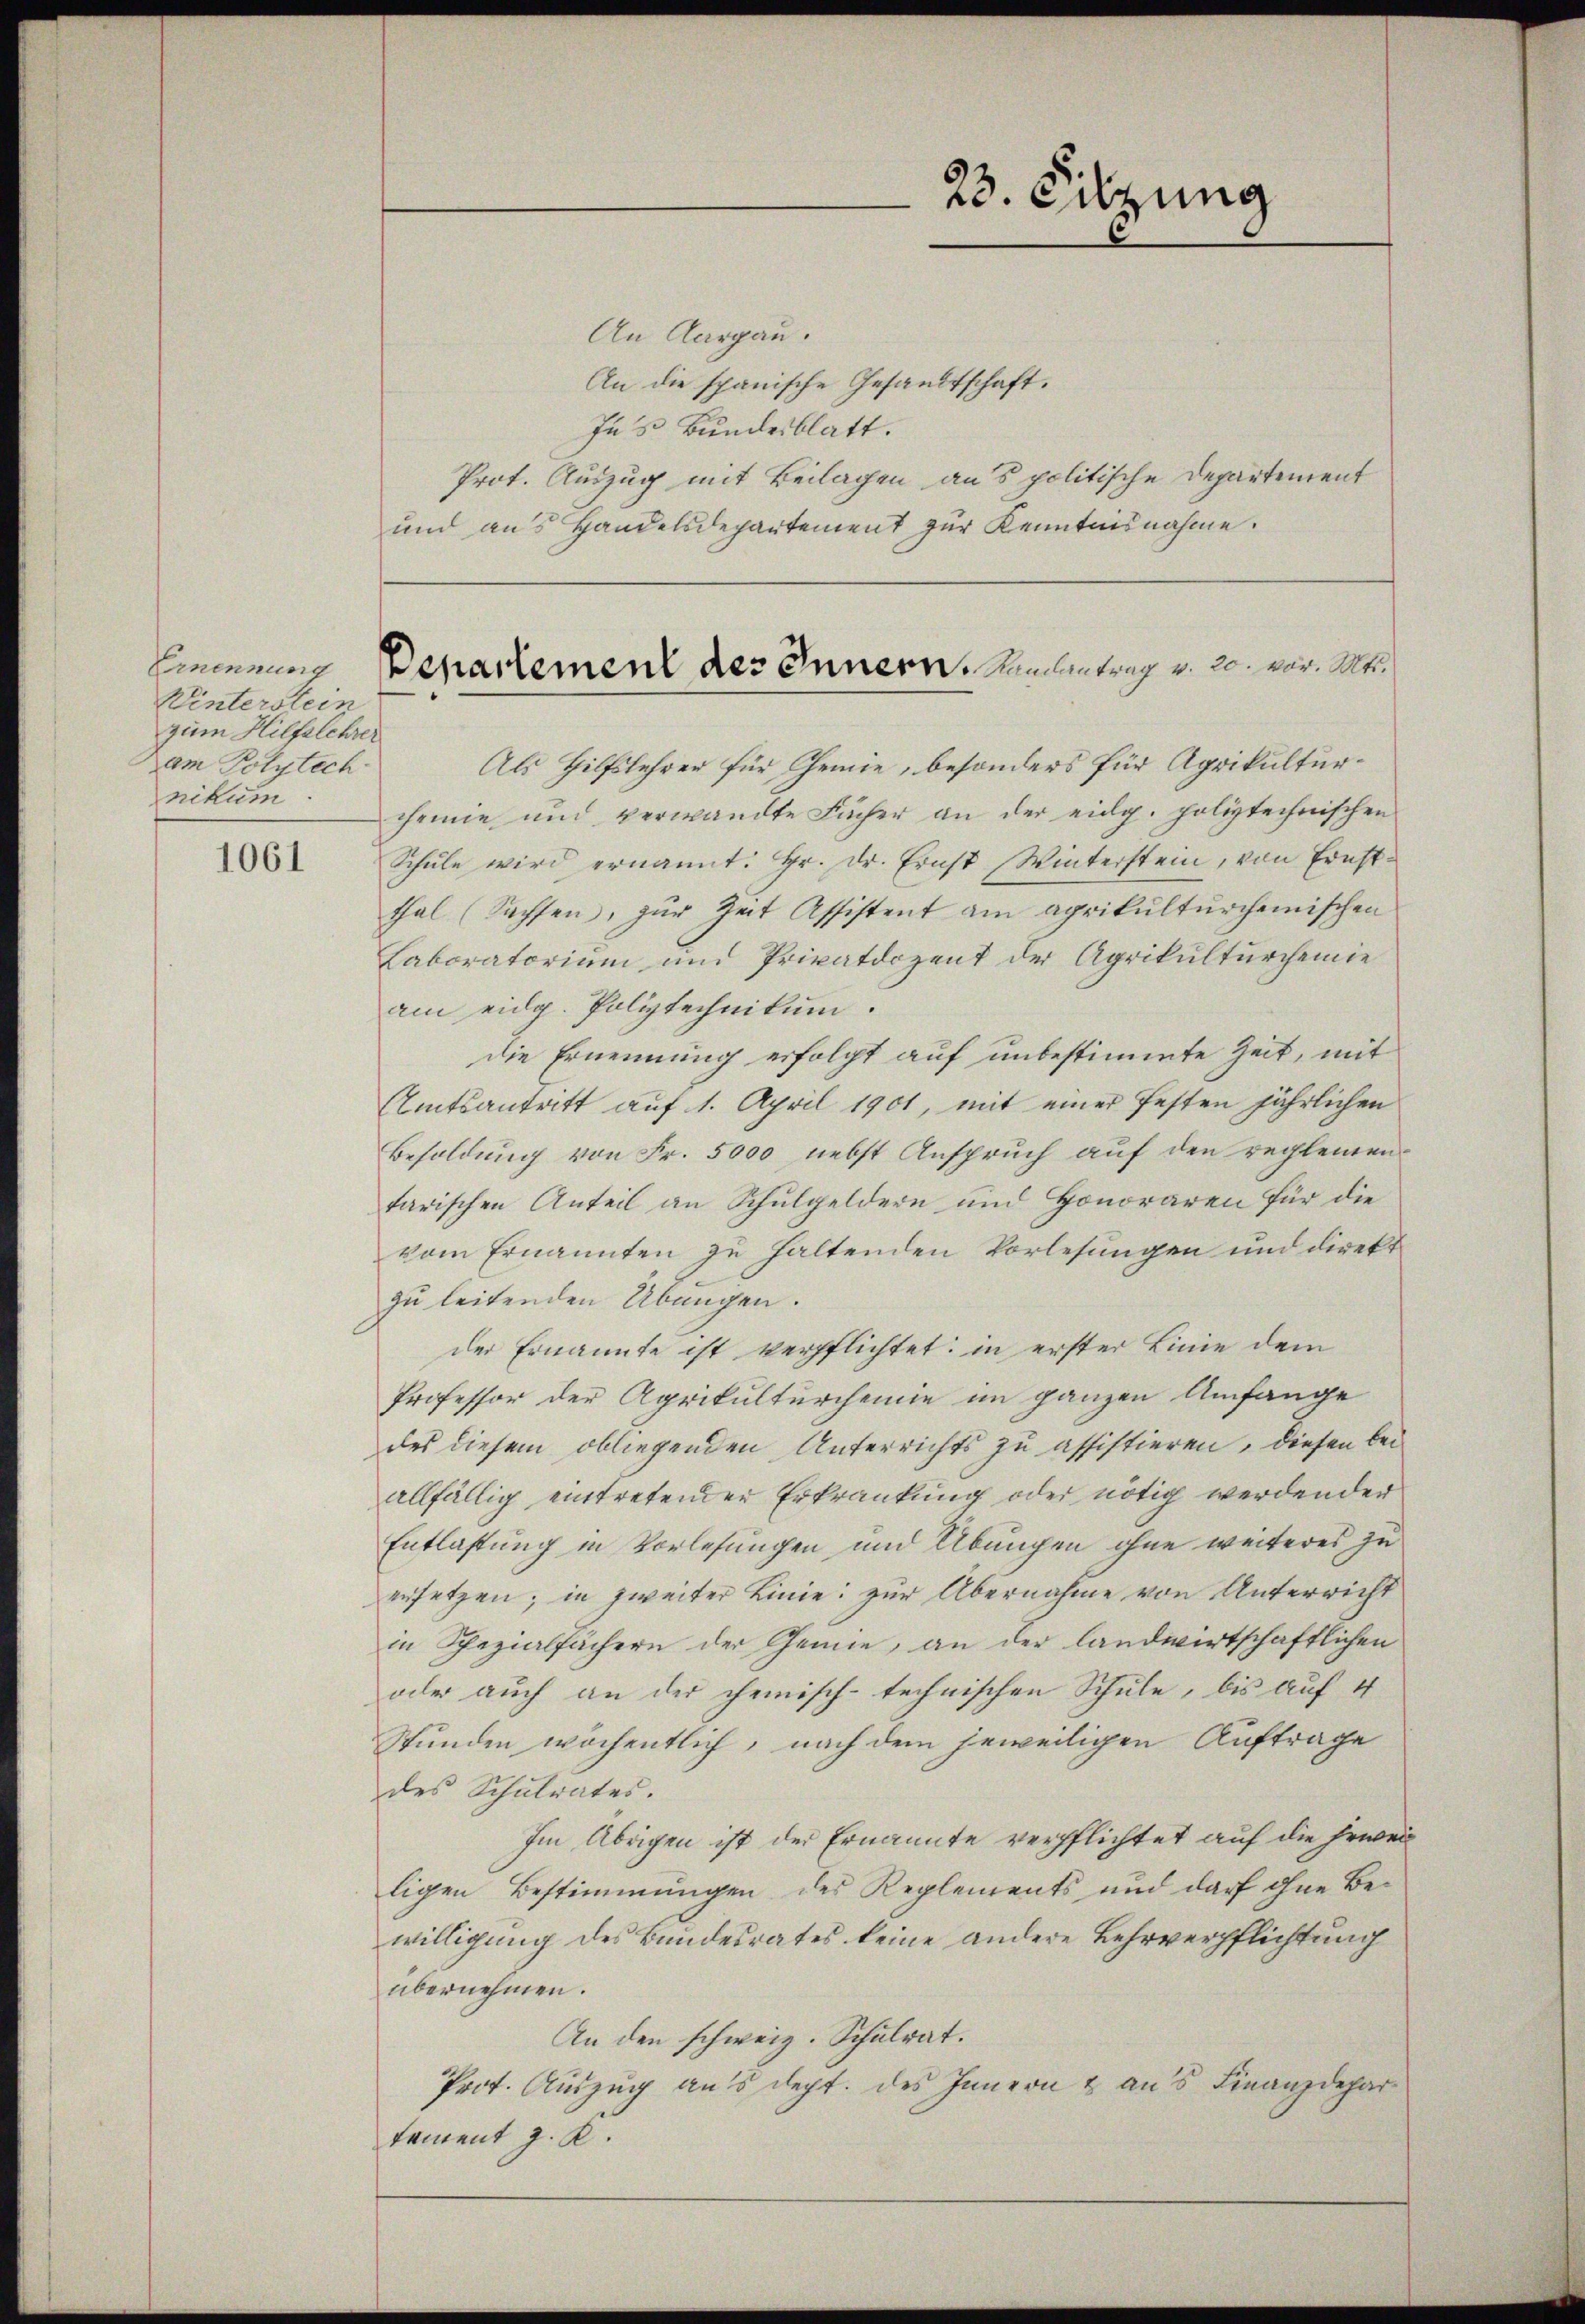
Ernennung
Winterstein
zum Hilfelehrer
am Polytech
nikum

1061

Als Hilfslehrer für Chemie, besonders für Agrikulturchemie und verwandte Fächer an der eidg. poliztechnischen
Schŭle wird ernannt. Hr. Dr. Ernst Winterstein, von Ernstthal (Sachsen, zŭr Zeit Assistent am agrikŭltürchemischen
Laboratorium und Privatdozent der Agrikulturchenie
am eidg. Poliztechnikum.
die Ernennung erfolgt auf unbestimmte Zeit, mit
Amtsantritt auf 1. April 1901, mit einer festen jährlichen
Besoldung von Fr. 5000 nebst Anspruch auf den reglementarischen Anteil an Schŭlgeldern und Honoraren für die
vom Ernannten zu haltenden Vorlesungen und direkt
zu leitenden Übungen.
der Ernannte ist verpflichtet: in erster Linie dem
Professor der Agrikulturcheine im ganzen Umfange
des diesem obliegenden Unterrichts zu assistieren, diesen bei
allfällig entretender Erkrankung oder nötig werden der
Entlastung in Vorlesungen und Übungen ohne weiteres zu
ersetzen; in zweiter Linie zur Übernahme von Unterricht
in Spezialfächern der Chemie, an der landwirtschaftlichen
oder auch an der chemisch-technischen Schule, bis auf 4
Stunden wöchentlich, nach dem jeweiligen Auftrage
des Schulrates.
Im Übrigen ist der Ernannte verpflichtet auf die jeweil
ligen Bestimmungen des Reglements und darf ohne Bewilligung des Bundesrates keine andere Lehrverpflichtung
übernehmen.
An den schweiz. Schulrat.
Prot. Auszug aus dept. des Innern & aus Finanzdepartament J. K.

An Aargau.
An die spanische Gesandtschaft.
Ins Bundesblatt.
Prot. Auszug mit Beilagen aus politische Departement
und aus Handelsdepartement zur Kenntnisnahme.

23. Sitzung

Departement des Innern, Namentrag v. 20. vor. Mts.